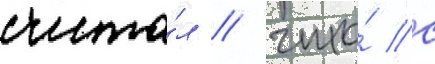
счита́л / что́ с